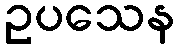
ဥပသေန